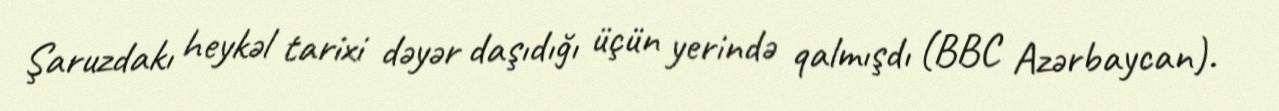
Şaruzdakı heykəl tarixi dəyər daşıdığı üçün yerində qalmışdı (BBC Azərbaycan).